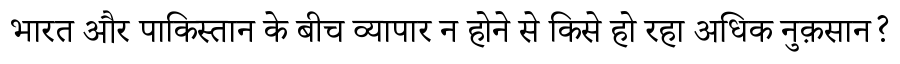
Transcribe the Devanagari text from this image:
भारत और पाकिस्तान के बीच व्यापार न होने से किसे हो रहा अधिक नुक़सान?